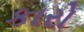
કારો